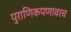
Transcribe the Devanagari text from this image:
पुराणिकपणावरच